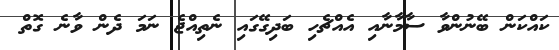
ކައްކަން ބޭނުންވާ ސާމާނާއި އެއްޗެހި ބަދިގޭގައި ނެތިއްޖެ ނަމަ ދެން ވާނެ ގޮތް